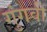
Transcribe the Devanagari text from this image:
गुंगवी